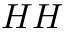
H H